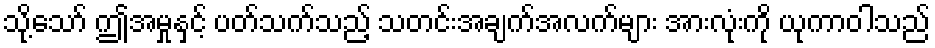
သို့သော် ဤအမှုနှင့် ပတ်သက်သည့် သတင်းအချက်အလက်များ အားလုံးကို ယုကာဝါသည်